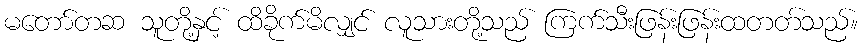
မတော်တဆ သူတို့နှင့် ထိခိုက်မိလျှင် လူသားတို့သည် ကြက်သီးဖြန်းဖြန်းထတတ်သည်။